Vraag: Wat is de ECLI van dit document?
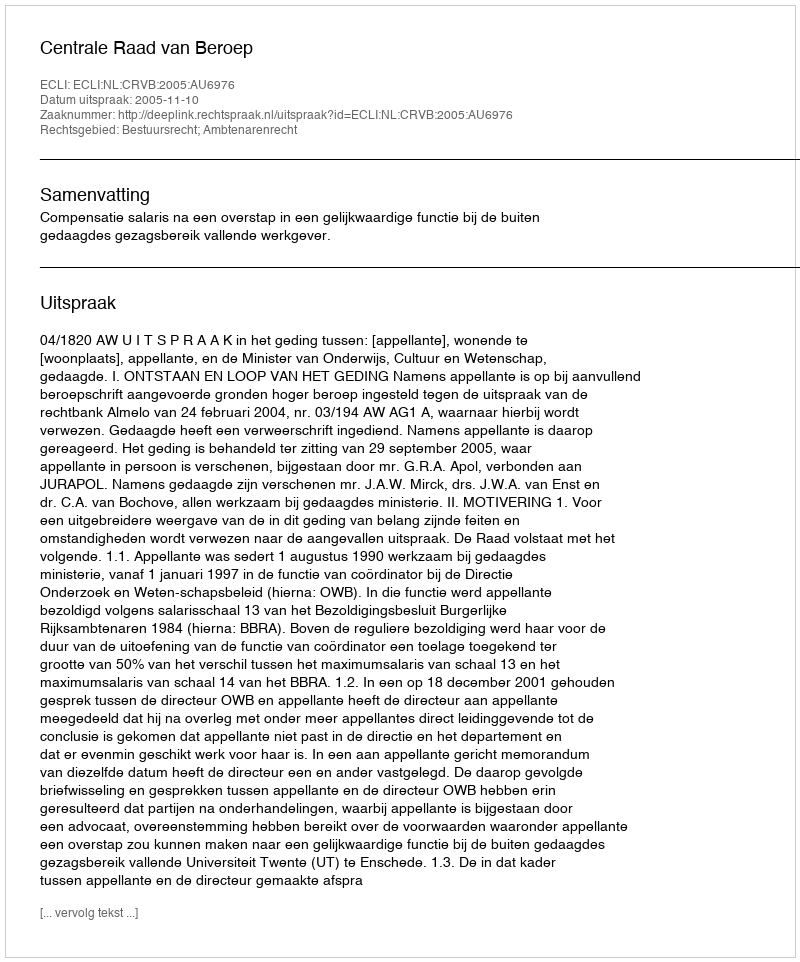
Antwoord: ECLI:NL:CRVB:2005:AU6976